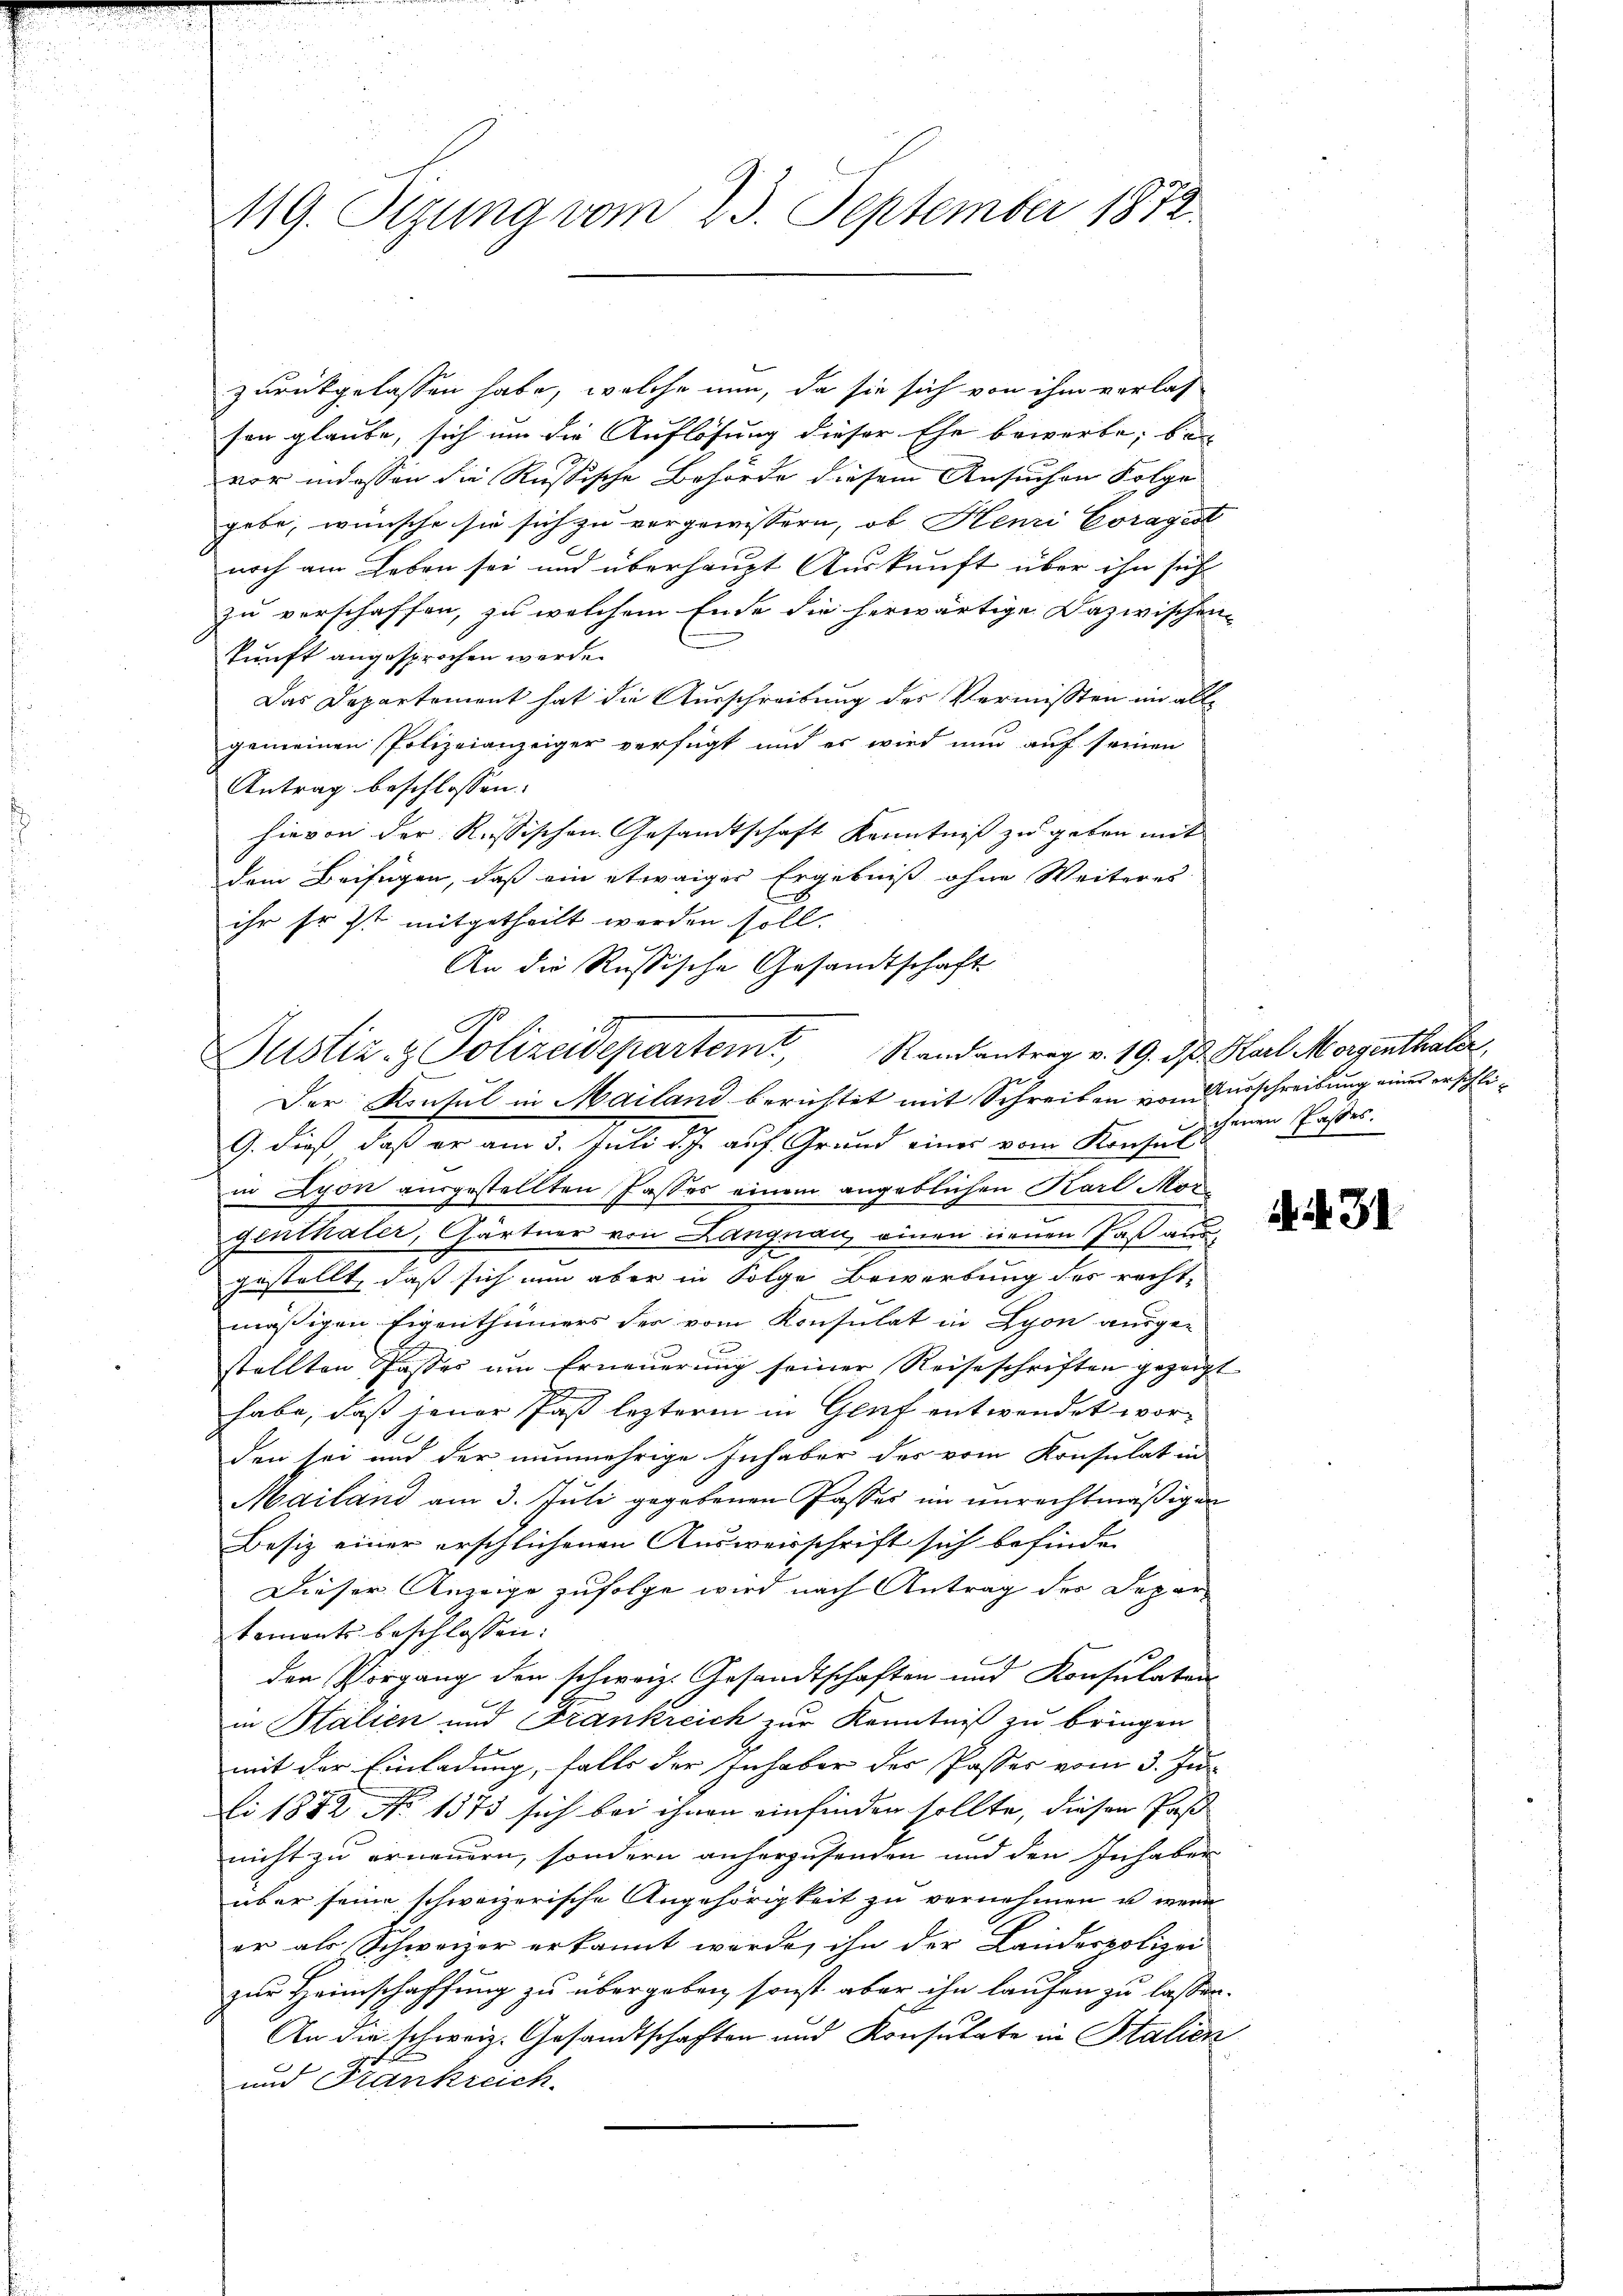
119. Sezung vom 23. September 1872

zurückgelassen habe, welche nun, da sie sich von ihm verlas-
son glaube, sich um die Auflösung dieser Ehe bewerbe, bevor indessen die Russische Behörde diesem Ansuchen Folge
gebe, wünsche sie sich zu vorgewissern, ob Henzi Coragist
noch am Leben sei und überhaupt Auskunft über ihn sich
zu verschaffen, zu welchem Ende die herwärtige Dazwischen
kunft angesprochen werde.
Das Departement hat die Ausschreibung des Vermissten im alle
gemeinen Polizeianzeiger verfügt und es wird nun auf seinen
Antrag beschlossen:
hievon der Russischen Gesandtschaft Kenntniß zu geben mit
dem Beifügen, daß ein etwaiger Ergebniß ohne Weiteres
ihr Er ist mitgetheilt werden soll.
An die Russische Gesandtschaft

Justiz- & Polizeidepartem Randantrag v. 19. d. Karl Morgenthaler

Der Konsul in Mailand berichtet mit Schreiben vom urschreibung einer erschli¬
G. dieß, daß er am 3. Juli d. J. auf Grund einer vom Konsul
in Lyon ausgestellten Passes einem angeblichen Karl Morgenthaler, Gärtner von Langnau, einen neuen Paß aus
gestellt, daß sich nun aber in Folge Bewerbung des recht-
mäßigen Eigenthümers der vom Konsulat in Lyon ausge-
2
stellten Passes um Erneuerung seiner Reiseschriften gezeigt
habe, daß jener Paß lezterm in Genf entwendet worden sei und der nunmehrige Inhaber des vom Konsulat in
Mailand am 3. Juli gegebenen Passer im unrechtmäßigen
Besiz einer erschlichenen Ausweisschrift sich befinden
Dieser Anzeige zufolge wird nach Antrag des Departemonts beschlossen:
den Vorgang den schweiz. Gesandtschaften und Konsulaten
in Halien und Frankreich zur Kenntniß zu bringen
mit der Einladung, falls der Inhaber der Passer vom 3. Jun
i 1882 No 1373 sich bei ihnen einfinden sollte, diesen Past
nicht zu erneuern, sondern anherzusenden und den Inhaber
über seine schweizerische Angehörigkeit zu vernehmen u. wenn
er als Schweizer erkannt werde, ihn der Landerpolizei
zur Heimschaffung zu übergeben, sonst aber ihn laufen zu lassen.
An die schweiz. Gesandtschaften und Konsulate in Stalien
und Frankreich

chenen Passes.

Nr. 31